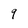
Character: 9